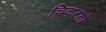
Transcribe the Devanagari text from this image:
चिकटतो